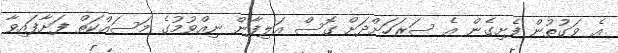
އެ ވަގުތުން ފެށިގެން އެ ސަރަހަށްދަށް ގޮސް އަލިފާން ނިއްވުމުގެ މަސައްކަތް ފަށާފައިވާ